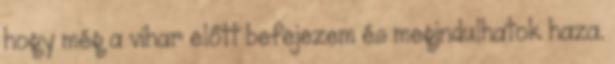
hogy még a vihar előtt befejezem és megindulhatok haza.